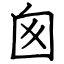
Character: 囪